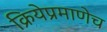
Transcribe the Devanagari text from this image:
क्रियेप्रमाणेच